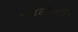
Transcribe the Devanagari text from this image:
आयेंगी।